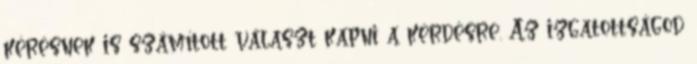
kérésnek is számított választ kapni a kérdésre. Az izgatottságod